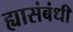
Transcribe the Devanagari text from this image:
ह्यासंबंधी